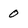
Character: 0